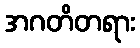
အဂတိတရား